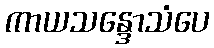
ကာယသန္ဒောသံပေ